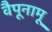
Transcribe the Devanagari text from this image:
वैपूनामू